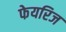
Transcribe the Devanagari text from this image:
फेयरिज